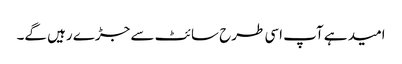
امید ہے آپ اسی طرح سائٹ سے جڑے رہیں گے۔